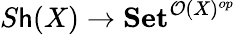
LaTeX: S\mathsf{h}(X)\to\mathbf{{Set}}^{{\mathcal{{O}}}(X)^{op}}